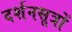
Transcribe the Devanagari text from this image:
दर्शनसूत्रों